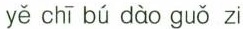
yě chī bú dào guǒ zi